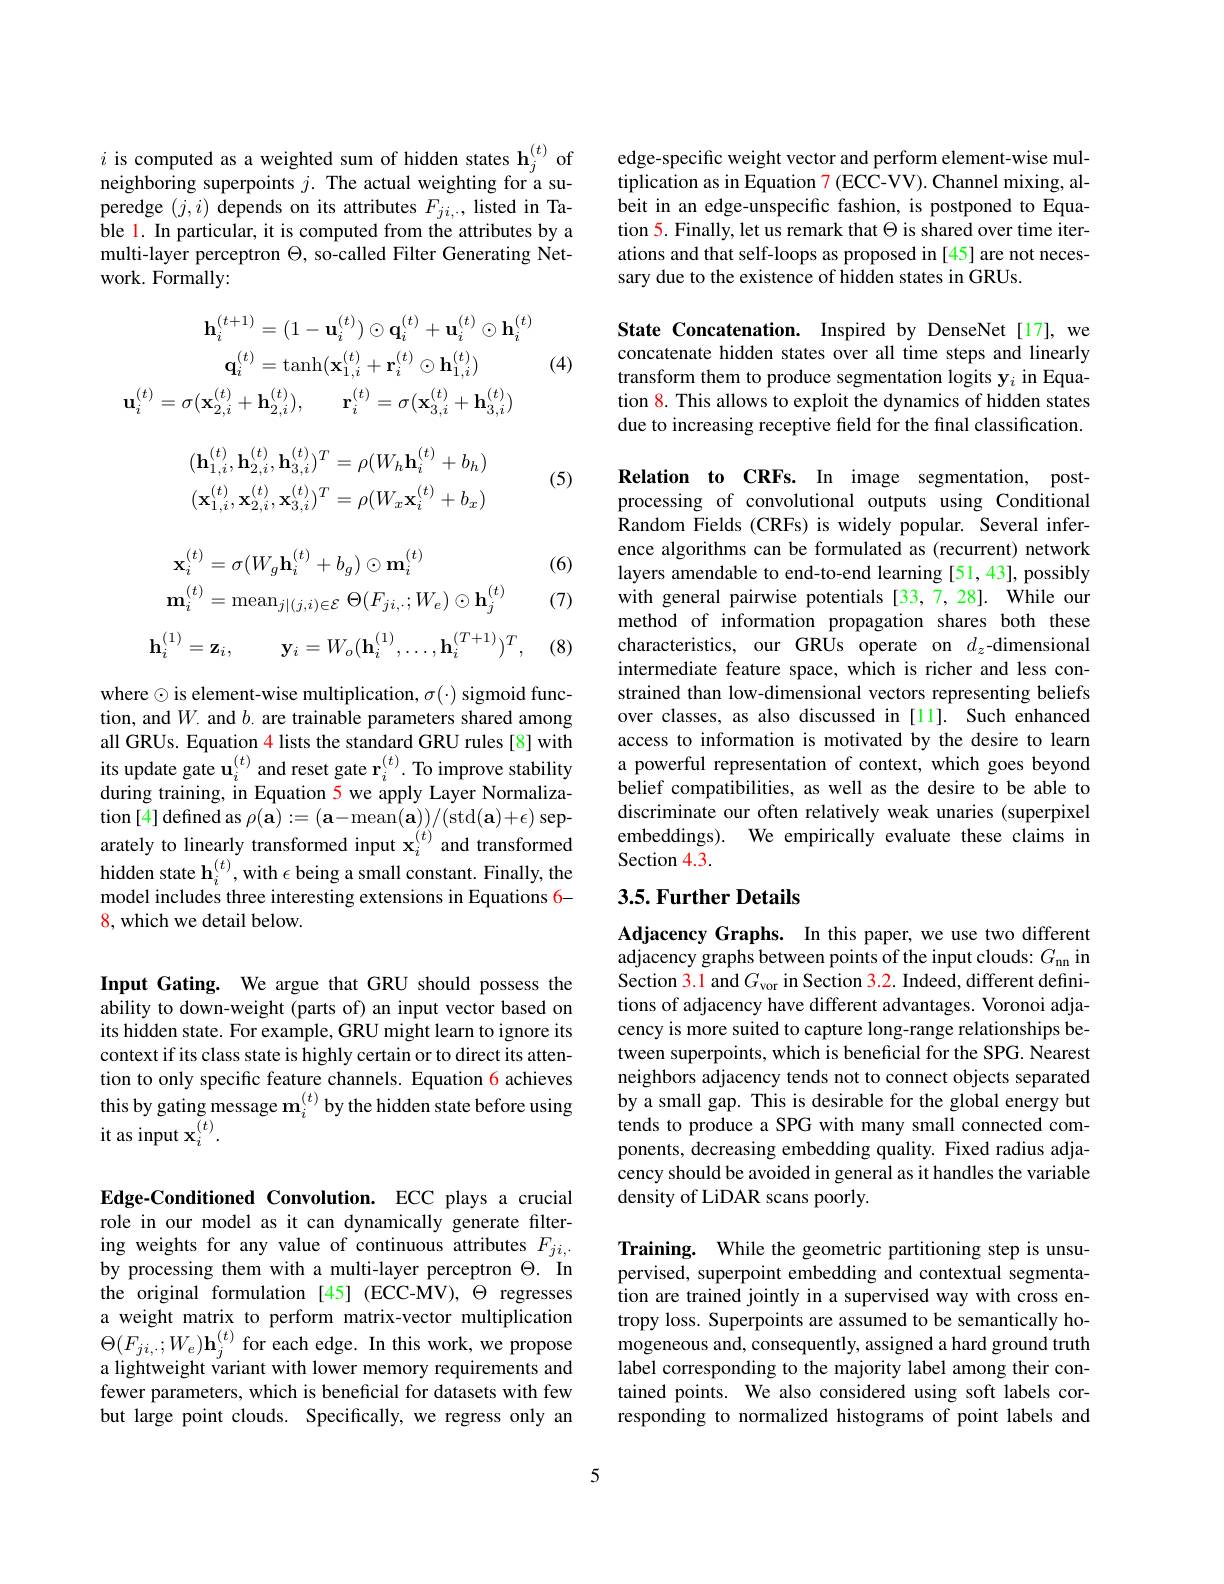
$i\text{ is computed as a weighted sum of hidden states h}_j^{(t)}$ of neighboring superpoints $j.$ The actual weighting for a superedge $(j,i)$ depends on its attributes $F_{ji,}.$, listed in Table 1. In particular, it is computed from the attributes by a multi-layer perceptron $\Theta$, so-called Filter Generating Network. Formally:

(4)
$$\mathbf{h}_{i}^{(t+1)}=(1-\mathbf{u}_{i}^{(t)})\odot\mathbf{q}_{i}^{(t)}+\mathbf{u}_{i}^{(t)}\odot\mathbf{h}_{i}^{(t)}\\\mathbf{q}_{i}^{(t)}=\mathrm{tanh}(\mathbf{x}_{1,i}^{(t)}+\mathbf{r}_{i}^{(t)}\odot\mathbf{h}_{1,i}^{(t)})\\\mathbf{u}_{i}^{(t)}=\sigma(\mathbf{x}_{2,i}^{(t)}+\mathbf{h}_{2,i}^{(t)}),\quad\mathbf{r}_{i}^{(t)}=\sigma(\mathbf{x}_{3,i}^{(t)}+\mathbf{h}_{3,i}^{(t)})$$
$$(\mathbf{h}_{1,i}^{(t)},\mathbf{h}_{2,i}^{(t)},\mathbf{h}_{3,i}^{(t)})^{T}=\rho(W_{h}\mathbf{h}_{i}^{(t)}+b_{h})\\(\mathbf{x}_{1,i}^{(t)},\mathbf{x}_{2,i}^{(t)},\mathbf{x}_{3,i}^{(t)})^{T}=\rho(W_{x}\mathbf{x}_{i}^{(t)}+b_{x})$$
(5)

(6)

(7)

$\mathbf{x}_{i}^{(t)}=\sigma(W_{g}\mathbf{h}_{i}^{(t)}+b_{g})\odot\mathbf{m}_{i}^{(t)}$
$$\mathbf{m}_{i}^{(t)}=\mathrm{mean}_{j|(j,i)\in\mathcal{E}}\:\Theta(F_{ji,\cdot};W_{e})\odot\mathbf{h}_{j}^{(t)}$$
$$\mathbf{h}_i^{(1)}=\mathbf{z}_i,\quad\mathbf{y}_i=W_o(\mathbf{h}_i^{(1)},\ldots,\mathbf{h}_i^{(T+1)})^T,$$
(8)

where $\odot$ is element-wise multiplication, $\sigma(\cdot)$ sigmoid function, and $W$. and $b$. are trainable parameters shared among all GRUs. Equation $\color{red}{4}$ lists the standard GRU rules [8] with its update gate $\mathbf{u}_i^{(t)}$ and reset gate $\mathbf{r}_i^{(t)}.$ To improve stability during training, in Equation 5 we apply Layer Normalization[ 4] defined as $\rho ( \mathbf{a} ) : = ( \mathbf{a} - \operatorname* { mean} ( \mathbf{a} ) ) / ($std$( \mathbf{a} ) + \epsilon )$ sep- arately to linearly transformed input $\mathbf{x} _{i}^{( t) }$ and transformed hidden state $\mathbf{h}_i^{(t)}$,with $\epsilon$ being a small constant. Finally, the model includes three interesting extensions in Equations 6- 8, which we detail below.

Input Gating. We argue that GRU should possess the ability to down-weight (parts of) an input vector based on its hidden state. For example, GRU might learn to ignore its context if its class state is highly certain or to direct its attention to only specific feature channels. Equation 6 achieves this by gating message $\mathbf{m}_i^{(t)}$ by the hidden state before using it as input $\mathbf{x}_i^{(t)}.$

Edge-Conditioned Convolution. ECC plays a crucial role in our model as it can dynamically generate filtering weights for any value of continuous attributes $F_ji$, by processing them with a multi-layer perceptron $\Theta.$ In the original formulation [45] (ECC-MV), $\Theta$ regresses a weight matrix to perform matrix-vector multiplication $\Theta(F_{ji,.};W_{e})\mathbf{h}_{j}^{(t)}$for each edge. In this work, we propose a lightweight variant with lower memory requirements and fewer parameters, which is beneficial for datasets with few but large point clouds. Specifically, we regress only an

edge-specific weight vector and perform element-wise mul- $\hat{\text{tiplication as in Equation 7}}(\hat{\text{ECC-VV). Channel mixing, al-}}$ beit in an edge-unspecific fashion, is postponed to Equation 5. Finally, let us remark that $\Theta$ is shared over time iterations and that self-loops as proposed in[45] are not necessary due to the existence of hidden states in GRUs

State Concatenation. Inspired by DenseNet[17], we concatenate hidden states over all time steps and linearly transform them to produce segmentation logits y$_i$ in Equation 8. This allows to exploit the dynamics of hidden states due to increasing receptive field for the final classification.

Relation to CRFs. In image segmentation, postprocessing of convolutional outputs using Conditional $\hat{\text{Random Fields (CRFs) is widely popular. Several infer-}}$ ence algorithms can be formulated as (recurrent) network layers amendable to end-to-end learning [51,43], possibly with general pairwise potentials [33,7,28]. While our method of information propagation shares both these characteristics, our GRUs operate on $d_z$-dimensional intermediate feature space, which is richer and less constrained than low-dimensional vectors representing beliefs over classes, as also discussed in[11]. Such enhanced access to information is motivated by the desire to learn a powerful representation of context, which goes beyond belief compatibilities, as well as the desire to be able to discriminate our often relatively weak unaries (superpixel embeddings). We empirically evaluate these claims in Section 4.3.

## 3.5. Further Details

Adjacency Graphs. In this paper, we use two different adjacency graphs between points of the input clouds: $G_\mathrm{nn}$ in Section 3.1 and $G_\mathrm{vor}$ in Section 3.2. Indeed, different definitions of adjacency have different advantages. Voronoi adjacency is more suited to capture long-range relationships between superpoints, which is beneficial for the SPG. Nearest neighbors adjacency tends not to connect objects separated by a small gap. This is desirable for the global energy but tends to produce a SPG with many small connected components, decreasing embedding quality. Fixed radius adjacency should be avoided in general as it handles the variable density of LiDAR scans poorly

Training. While the geometric partitioning step is unsupervised, superpoint embedding and contextual segmentation are trained jointly in a supervised way with cross entropy loss. Superpoints are assumed to be semantically homogeneous and, consequently, assigned a hard ground truth label corresponding to the majority label among their contained points. We also considered using soft labels corresponding to normalized histograms of point labels and

5